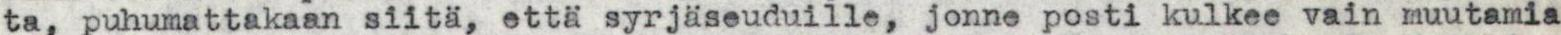
ta, puhumattakaan siitä, että syrjäseuduille, jonne posti kulkee vain muutamia